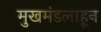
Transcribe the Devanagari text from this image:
मुखमंडलाहून